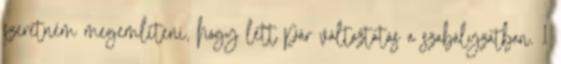
szeretném megemlíteni, hogy lett pár változtatás a szabályzatban. 1